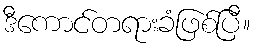
ဒီကောင်တရားခံဖြစ်ပြီ။